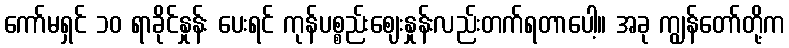
ကော်မရှင် ၁၀ ရာခိုင်နှုန်း ပေးရင် ကုန်ပစ္စည်းဈေးနှုန်းလည်းတက်ရတာပေါ့။ အခု ကျွန်တော်တို့က